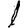
Digit: 1